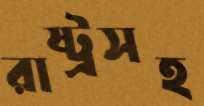
রাষ্ট্রসহ